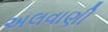
અલવાણી